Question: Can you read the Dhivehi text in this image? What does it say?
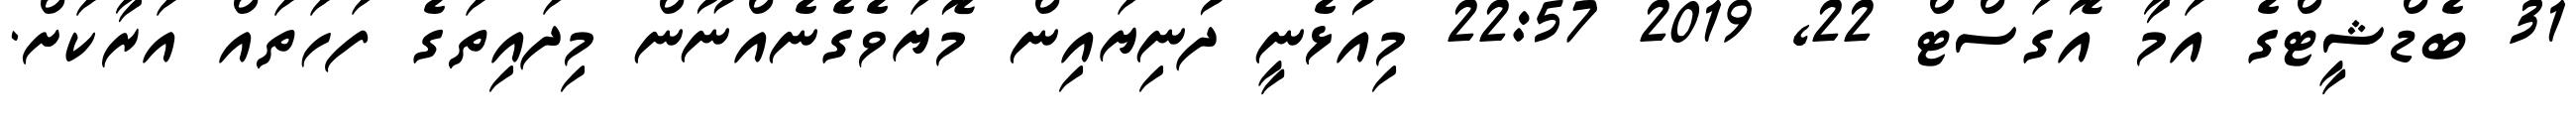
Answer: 31 ބެޑްޝީޓްގެ އަމާ އޮގަސްޓް 22, 2019 22:57 މިއުޅެނީ ދުނިޔައިން މޮޔަވެގެނެއްނޫން މިދައިތަގެ ފަހަތައް އަރާކަށް.